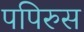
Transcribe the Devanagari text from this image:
पपिरुस